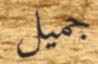
جميل